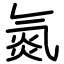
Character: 氮